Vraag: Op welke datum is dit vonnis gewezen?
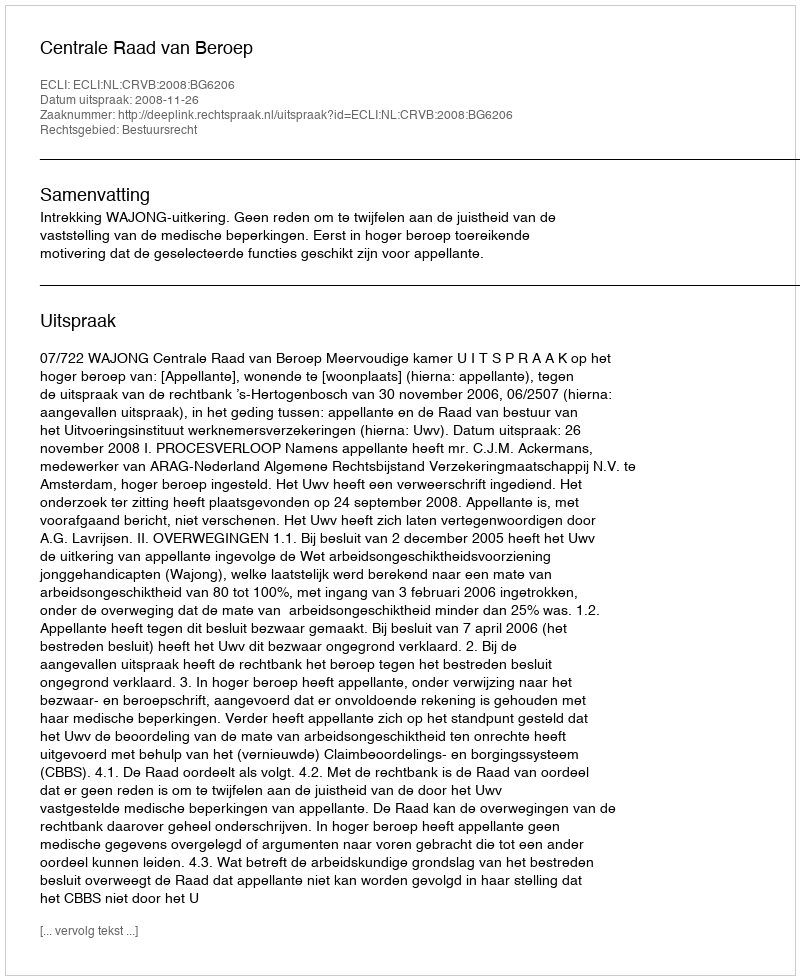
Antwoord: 2008-11-26